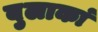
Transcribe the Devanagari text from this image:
बुलाकां